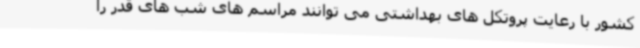
کشور با رعایت پروتکل های بهداشتی می توانند مراسم های شب های قدر را